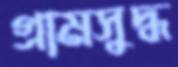
গ্রামসুদ্ধ